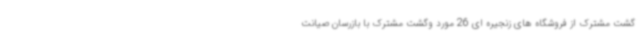
گشت مشترک از فروشگاه های زنجیره ای 26 مورد وگشت مشترک با بازرسان صیانت